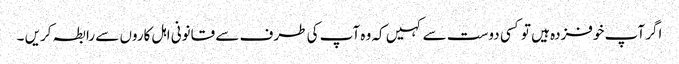
اگر آپ خوفزدہ ہیں تو کسی دوست سے کہیں کہ وہ آپ کی طرف سے قانونی اہل کاروں سے رابطہ کریں ۔